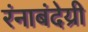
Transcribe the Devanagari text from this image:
रंनाबंदेय्री